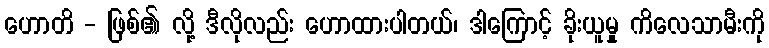
ဟောတိ - ဖြစ်၏ လို့ ဒီလိုလည်း ဟောထားပါတယ်၊ ဒါကြောင့် ခိုးယူမှု ကိလေသာမီးကို